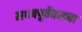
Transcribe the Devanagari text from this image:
मध्यपूर्वेकडचा